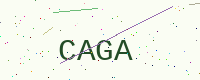
Text: CAGA